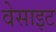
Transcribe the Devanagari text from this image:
वेसाइट